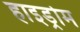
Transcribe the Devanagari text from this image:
हाइड्रोम